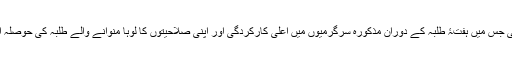
ہفتۂ طلبہ کے اختتام پر ایک پُر وقار تقریب منعقد ہوئی جس میں ہفتۂ طلبہ کے دوران مذکورہ سرگرمیوں میں اعلیٰ کارکردگی اور اپنی صلاحیتوں کا لوہا منوانے والے طلبہ کی حوصلہ افزائی انعامات اور تعریفی اسناد کے ذریعے کی گئی۔